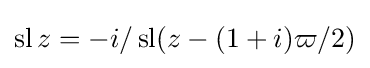
\operatorname {sl} z=-i/\operatorname {sl} (z-(1+i)\varpi /2)